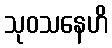
သုဝသနေဟိ